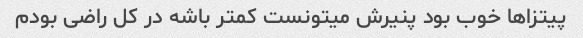
پیتزا‌ها خوب بود پنیرش میتونست کمتر باشه در کل راضی بودم